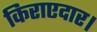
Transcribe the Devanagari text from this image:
किराएदार।